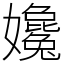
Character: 㜶